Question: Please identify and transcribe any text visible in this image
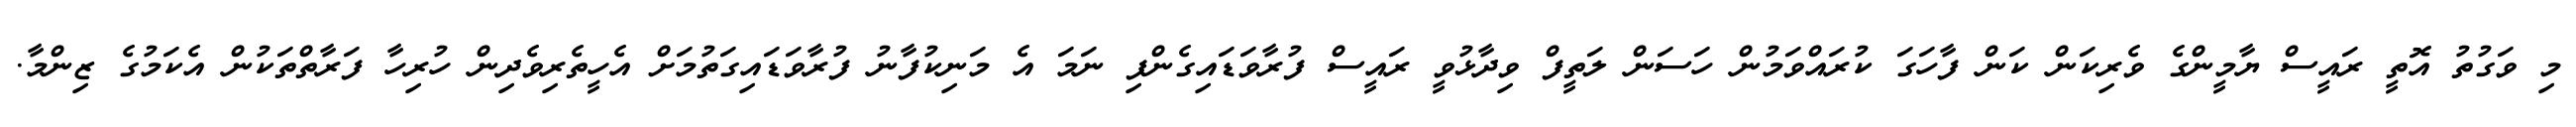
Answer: މި ވަގުތު އޮތީ ރައީސް ޔާމީންގެ ވެރިކަން ކަން ފާހަގަ ކުރައްވަމުން ހަސަން ލަތީފް ވިދާޅުވީ ރައީސް ފުރާވަޑައިގެންފި ނަމަ އެ މަނިކުފާނު ފުރާވަޑައިގަތުމަށް އެހީތެރިވެދިން ހުރިހާ ފަރާތްތަކުން އެކަމުގެ ޒިންމާ.